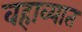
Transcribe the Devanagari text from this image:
वहाव्यात